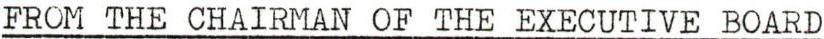
FROM THE CHAIRMAN OF THE EXECUTIVE BOARD